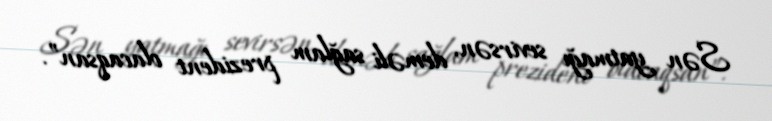
Sən yatmağı sevirsən, deməli sağlam prezident olacaqsan”.